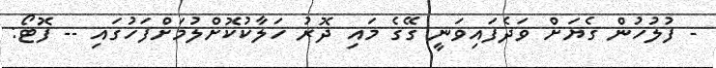
- ފުލުހުން ގެޔަށް ވަދެފައިވަނީ ގޭގެ މައި ދޮރު ހަލާކުކޮށްލުމަށްފަހުގައި -- ފޮޓޯ: